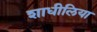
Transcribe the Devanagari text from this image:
शाधीलिया